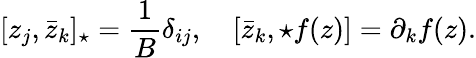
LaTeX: [z_{j},\bar{z}_{k}]_{\star}=\frac{1}{B}\delta_{ij},\quad[\bar{z}_{k},\star f(z)]=\partial_{k}f(z).